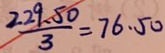
\frac { 2 2 9 . 5 0 } { 3 } = 7 6 . 5 0